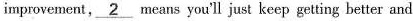
improvement, \underline{2} means you'll just keep getting better and